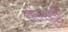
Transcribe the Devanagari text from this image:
शैलखड़ी